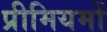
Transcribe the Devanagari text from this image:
प्रीमियमों